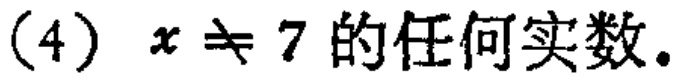
(4) \(x \neq 7\) 的任何实数。